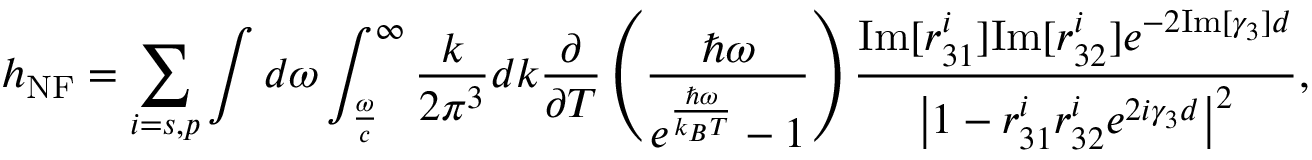
h _ { \mathrm { N F } } = \sum _ { i = s , p } \int d \omega \int _ { \frac { \omega } { c } } ^ { \infty } \frac { k } { 2 \pi ^ { 3 } } d k \frac { \partial } { \partial T } \left( \frac { \hbar \omega } { e ^ { \frac { \hbar \omega } { k _ { B } T } } - 1 } \right) \frac { \mathrm { I m } [ r _ { 3 1 } ^ { i } ] \mathrm { I m } [ r _ { 3 2 } ^ { i } ] e ^ { - 2 \mathrm { I m } [ \gamma _ { 3 } ] d } } { \left| 1 - r _ { 3 1 } ^ { i } r _ { 3 2 } ^ { i } e ^ { 2 i \gamma _ { 3 } d } \right| ^ { 2 } } { , }